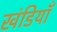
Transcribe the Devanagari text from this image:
खंडियाँ